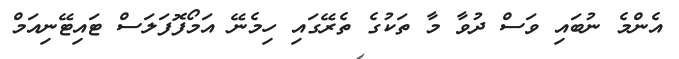
އެންމެ ނުބައި ވަސް ދުވާ މާ ތަކުގެ ތެރޭގައި ހިމެނޭ އަމޯފޮފަލަސް ޓައިޓޭނިއަމް